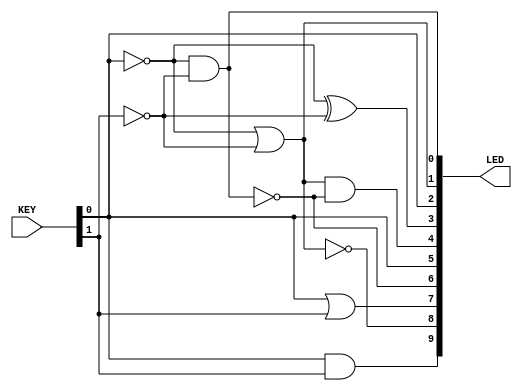
// This program was cloned from: https://github.com/RomeoMe5/DDLM
// License: MIT License


module lab1
(
    input  [1:0] KEY,  // KEYs
    output [9:0] LED   // LEDs
);

    wire a = ~ KEY [0];
    wire b = ~ KEY [1];

    // Basic gates AND, OR and NOT
    assign LED [0] = a & b;
    assign LED [1] = a | b;
    assign LED [2] = ~ a;
    
    // XOR gates (useful for adders, comparisons,
    // parity and control sum calculation)
    assign LED [3] = a ^ b;

    // Building XOR only using AND, OR and NOT
    assign LED [4] = (a | b) & ~ (a & b);

    // Building NOT by XORing with 1
    assign LED [5] = a ^ 1'b1;

    // De Morgan law illustration
    assign LED [6] = ~ ( a &   b ) ;
    assign LED [7] = ~   a | ~ b   ;
    assign LED [8] = ~ ( a |   b ) ;
    assign LED [9] = ~   a & ~ b   ;
    
endmodule